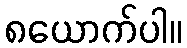
၈ယောက်ပါ။